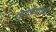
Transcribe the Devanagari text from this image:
शिवतीर्थाच्या